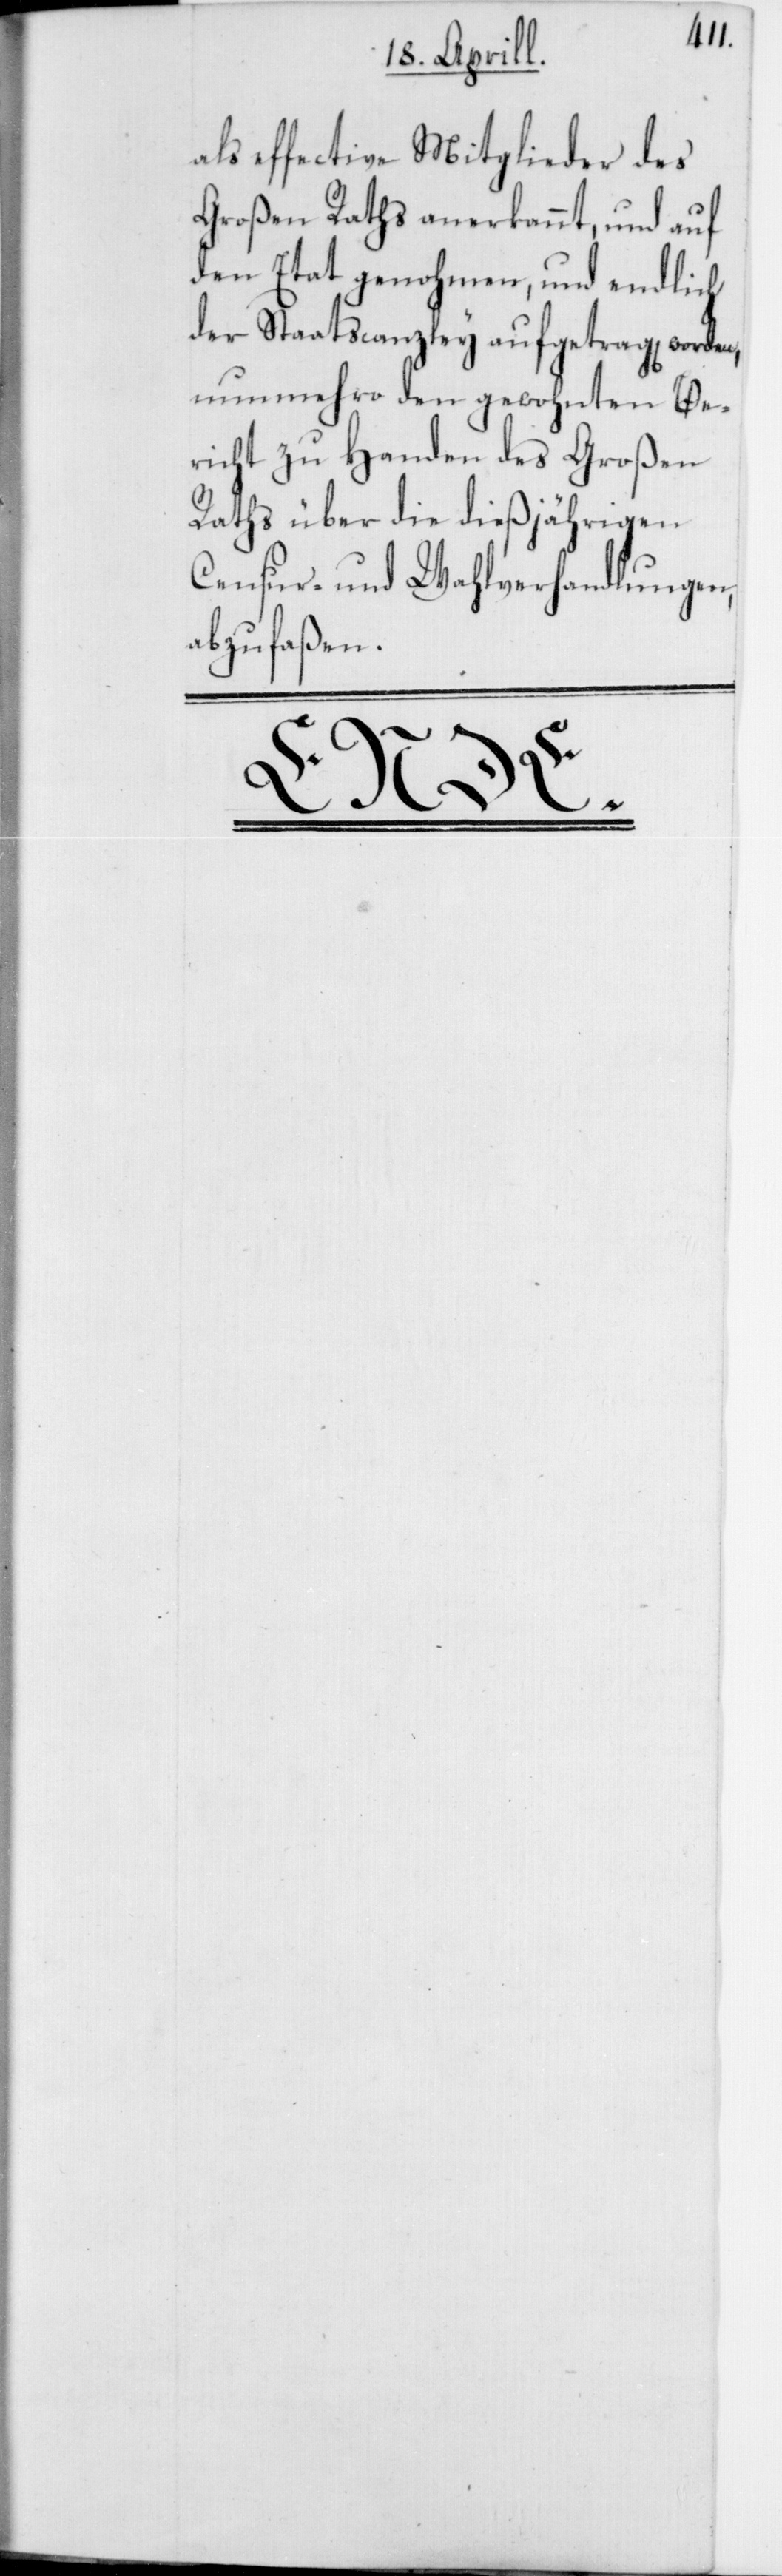
als effective Mitglieder des
Großen Raths anerkannt, und auf
den Etat genohmen, und
der Staatscanzley aufgetragen word¬
nunmehro den gewohn¬
richt zu Handen des
Raths über die dießjäh¬
Censur- und Wahlve¬
abzufaßen.
rigen
rhandlungen,